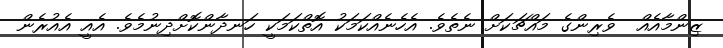
ޒިންމާއެއް  ވެރިންގެ މައްޗަކަށް ނެތެވެ. އެހެނެއްކަމަކު އޮތްކަމަކީ ހަނދާންކޮށްދިނުމެވެ. އެއީ އެއުރެން